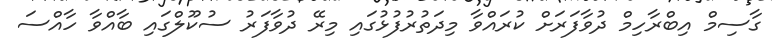
ގާސިމް އިބްރާހިމް ދުވާފަރަށް ކުރައްވާ މިދަތުރުފުޅުގައި މިރޭ ދުވާފަރު ސުކޫލްގައި ބާއްވާ ހާއްސަ